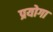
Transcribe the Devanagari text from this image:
प्रयोगा